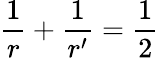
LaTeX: \frac{1}{r}+\frac{1}{r^{\prime}}=\frac{1}{2}